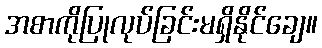
အစာကိုပြုလုပ်ခြင်းမရှိနိုင်ချေ။